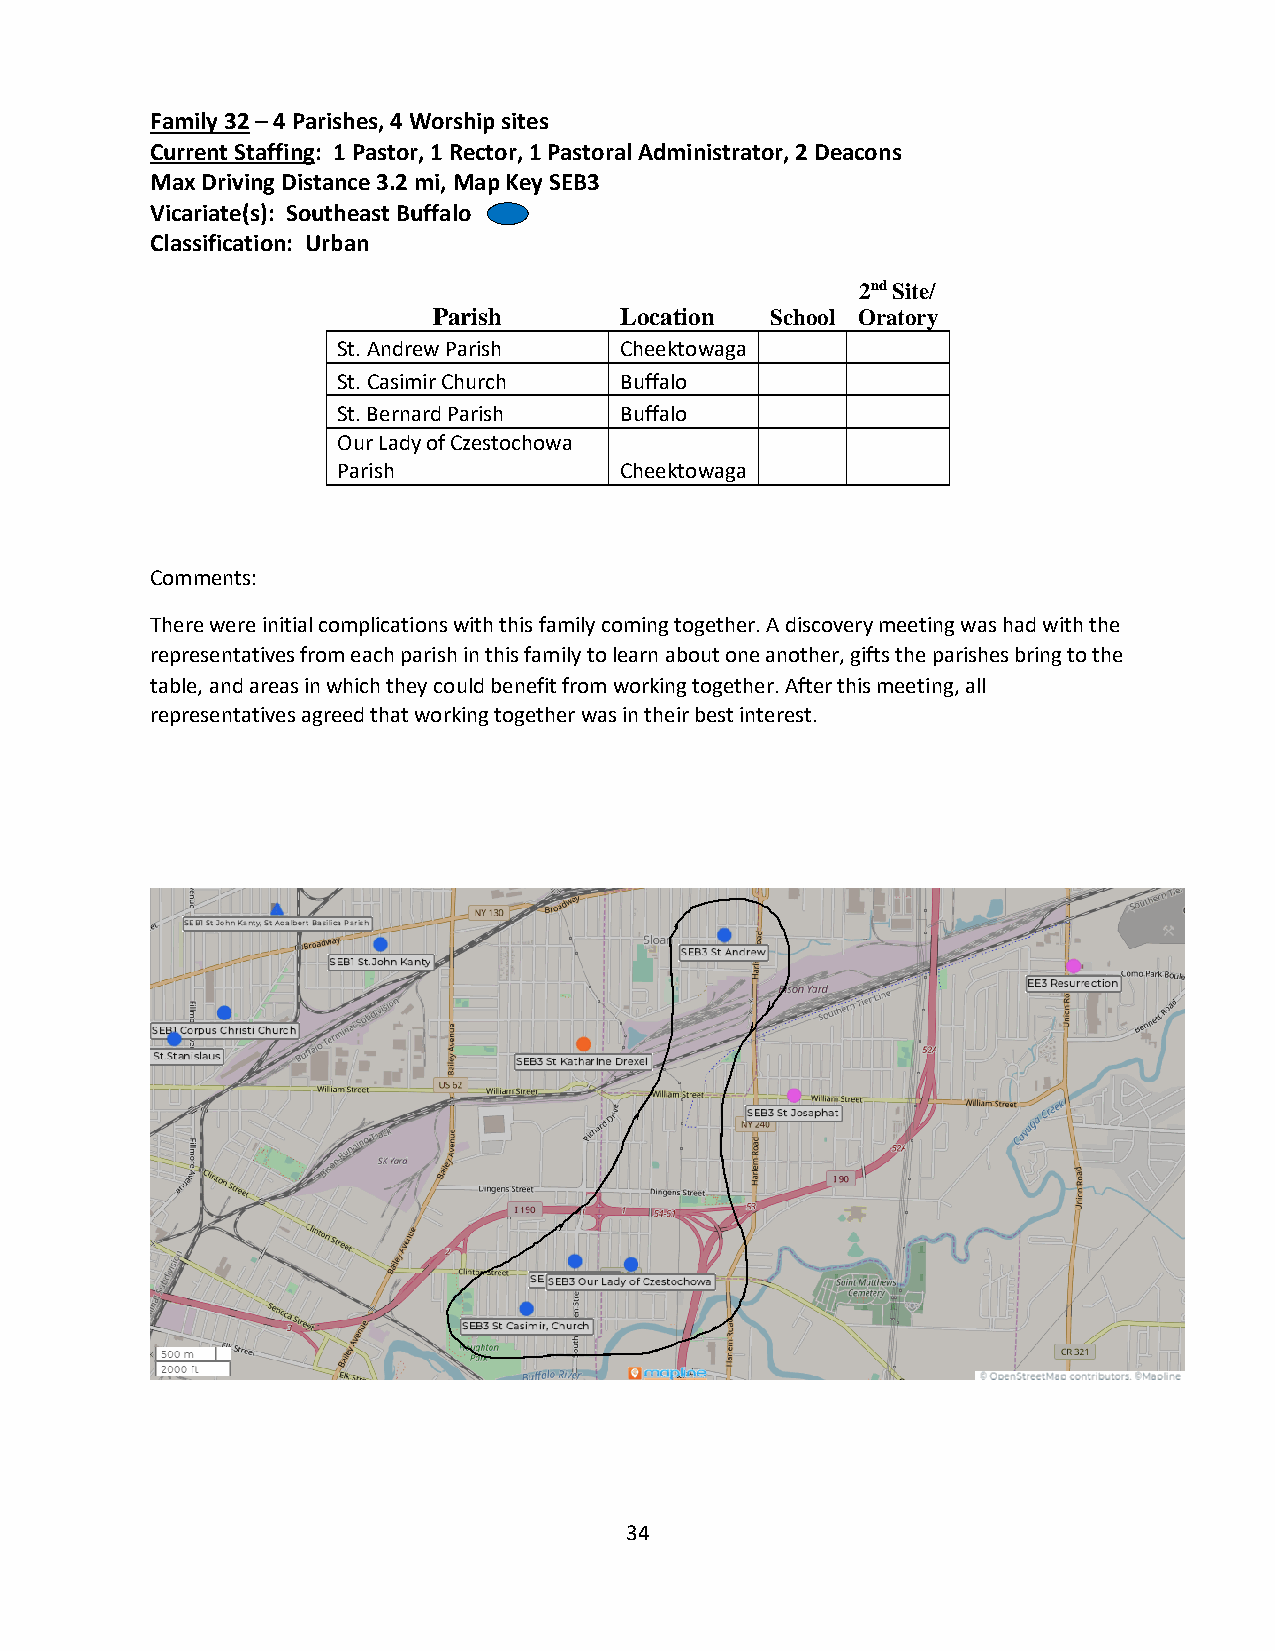
Family 32 – 4 Parishes, 4 Worship sites
 Current Staffing: 1 Pastor, 1 Rector, 1 Pastoral Administrator, 2 Deacons
 Max Driving Distance 3.2 mi, Map Key SEB3
 Vicariate(s): Southeast Buffalo
 Classification: Urban
 2nd Site/
 Parish      Location  School Oratory
 St. Andrew Parish  Cheektowaga
 St. Casimir Church Buffalo
 St. Bernard Parish Buffalo
 Our Lady of Czestochowa
 Parish             Cheektowaga
 Comments:
 There were initial complications with this family coming together. A discovery meeting was had with the
 representatives from each parish in this family to learn about one another, gifts the parishes bring to the
 table, and areas in which they could benefit from working together. After this meeting, all
 representatives agreed that working together was in their best interest.
 34